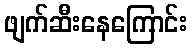
ဖျက်ဆီးနေကြောင်း